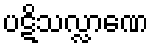
ပဋိသလ္လာဏေ